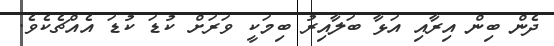
ދެން ބިން އިރާއި އަޅާ ބަލާއިރު ބިމަކީ ވަރަށް ކުޑަ ކުޑަ އެއްޗެކެވެ.